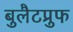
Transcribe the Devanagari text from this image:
बुलैटप्रुफ